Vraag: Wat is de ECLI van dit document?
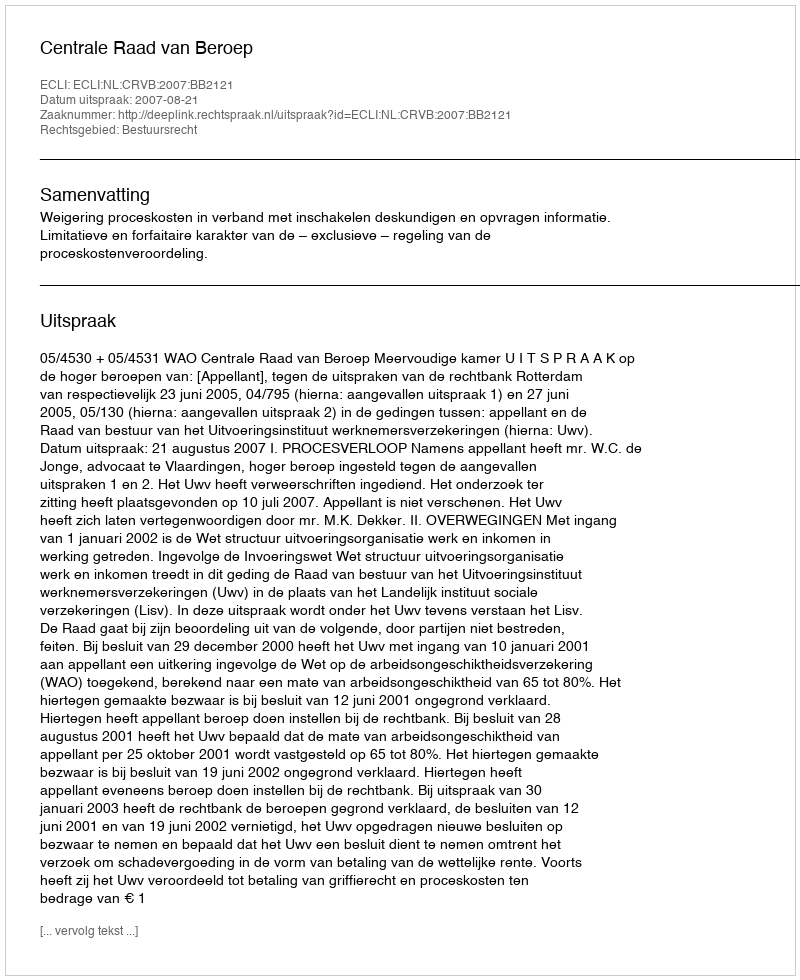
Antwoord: ECLI:NL:CRVB:2007:BB2121